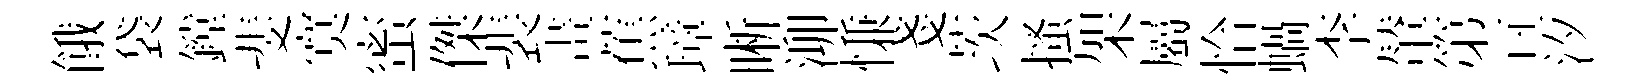
餓袋鏜斐寞蜜傑裴畫蕉璋晰泖慊戔茨搔架屬恰蝸李輦第亘汐